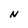
Character: N